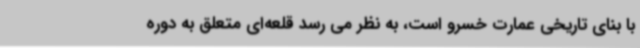
با بنای تاریخی عمارت خسرو است، به نظر می رسد قلعه‌ای متعلق به دوره